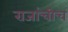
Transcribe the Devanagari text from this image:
राजांचीच